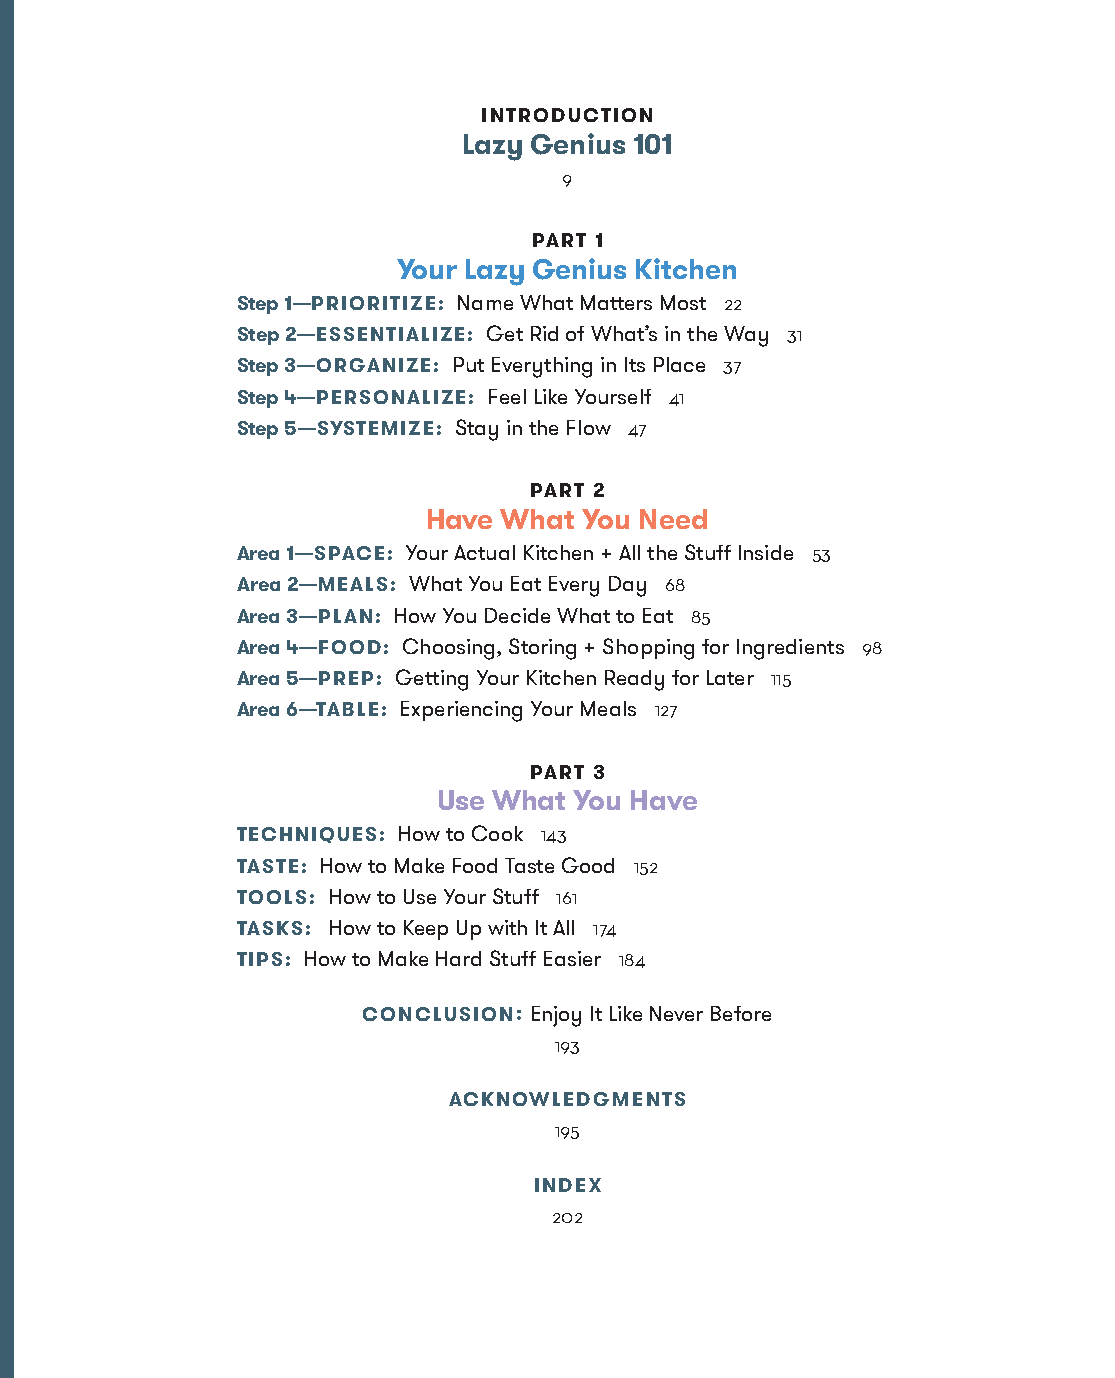
INTRODUCTION
 Lazy Genius 101
 9
 PART 1
 Your Lazy Genius Kitchen
 Step 1—PRIORITIZE: Name What Matters Most 22
 Step 2—ESSENTIALIZE: Get Rid of What’s in the Way 31
 Step 3—ORGANIZE: Put Everything in Its Place 37
 Step 4—PERSONALIZE: Feel Like Yourself 41
 Step 5—SYSTEMIZE: Stay in the Flow 47
 PART 2
 Have What  You Need
 Area 1—SPACE: Your Actual Kitchen + All the Stuff Inside 53
 Area 2—MEALS: What You Eat Every Day 68
 Area 3—PLAN: How You Decide What to Eat 85
 Area 4—FOOD: Choosing, Storing + Shopping for Ingredients 98
 Area 5—PREP: Getting Your Kitchen Ready for Later 115
 Area 6—TABLE: Experiencing Your Meals 127
 PART 3
 Use What You Have
 TECHNIQUES: How to Cook 143
 TASTE: How to Make Food Taste Good 152
 TOOLS: How to Use Your Stuff 161
 TASKS: How to Keep Up with It All 174
 TIPS: How to Make Hard Stuff Easier 184
 CONCLUSION: Enjoy It Like Never Before
 193
 ACKNOWLEDGMENTS
 195
 INDEX
 202
 AAddaacc__99778800552255665533994433__aallll__55pp__rr22..iinndddd 77 1100//2222//2211 99::1177 AAMM